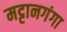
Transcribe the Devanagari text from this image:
मट्टानगंगा